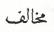
مخالف